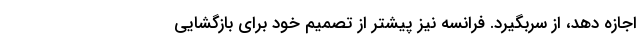
اجازه دهد، از سربگیرد. فرانسه نیز پیشتر از تصمیم خود برای بازگشایی